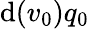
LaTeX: \mathrm{d}(v_{0})q_{0}